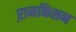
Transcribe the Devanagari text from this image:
ऱामकिशन